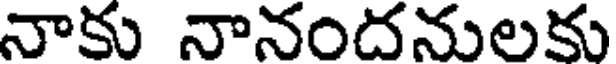
నాకు నానందనులకు